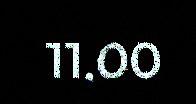
11.00